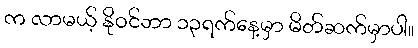
က လာမယ့် နိုဝင်ဘာ ၁၃ရက်နေ့မှာ မိတ်ဆက်မှာပါ။